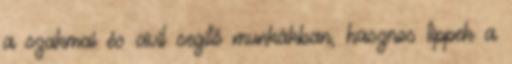
a szakmai és civil segítő munkákban, hasznos tippek a